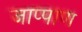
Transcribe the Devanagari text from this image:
जाप्पाण